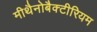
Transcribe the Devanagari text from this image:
मीथैनोबैक्टीरियम